Source: Handwritten
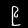
Digit: ၉ (9)